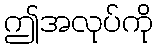
ဤအလုပ်ကို